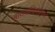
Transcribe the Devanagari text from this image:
आख्यायिकाकार